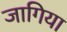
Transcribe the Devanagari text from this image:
जागिया